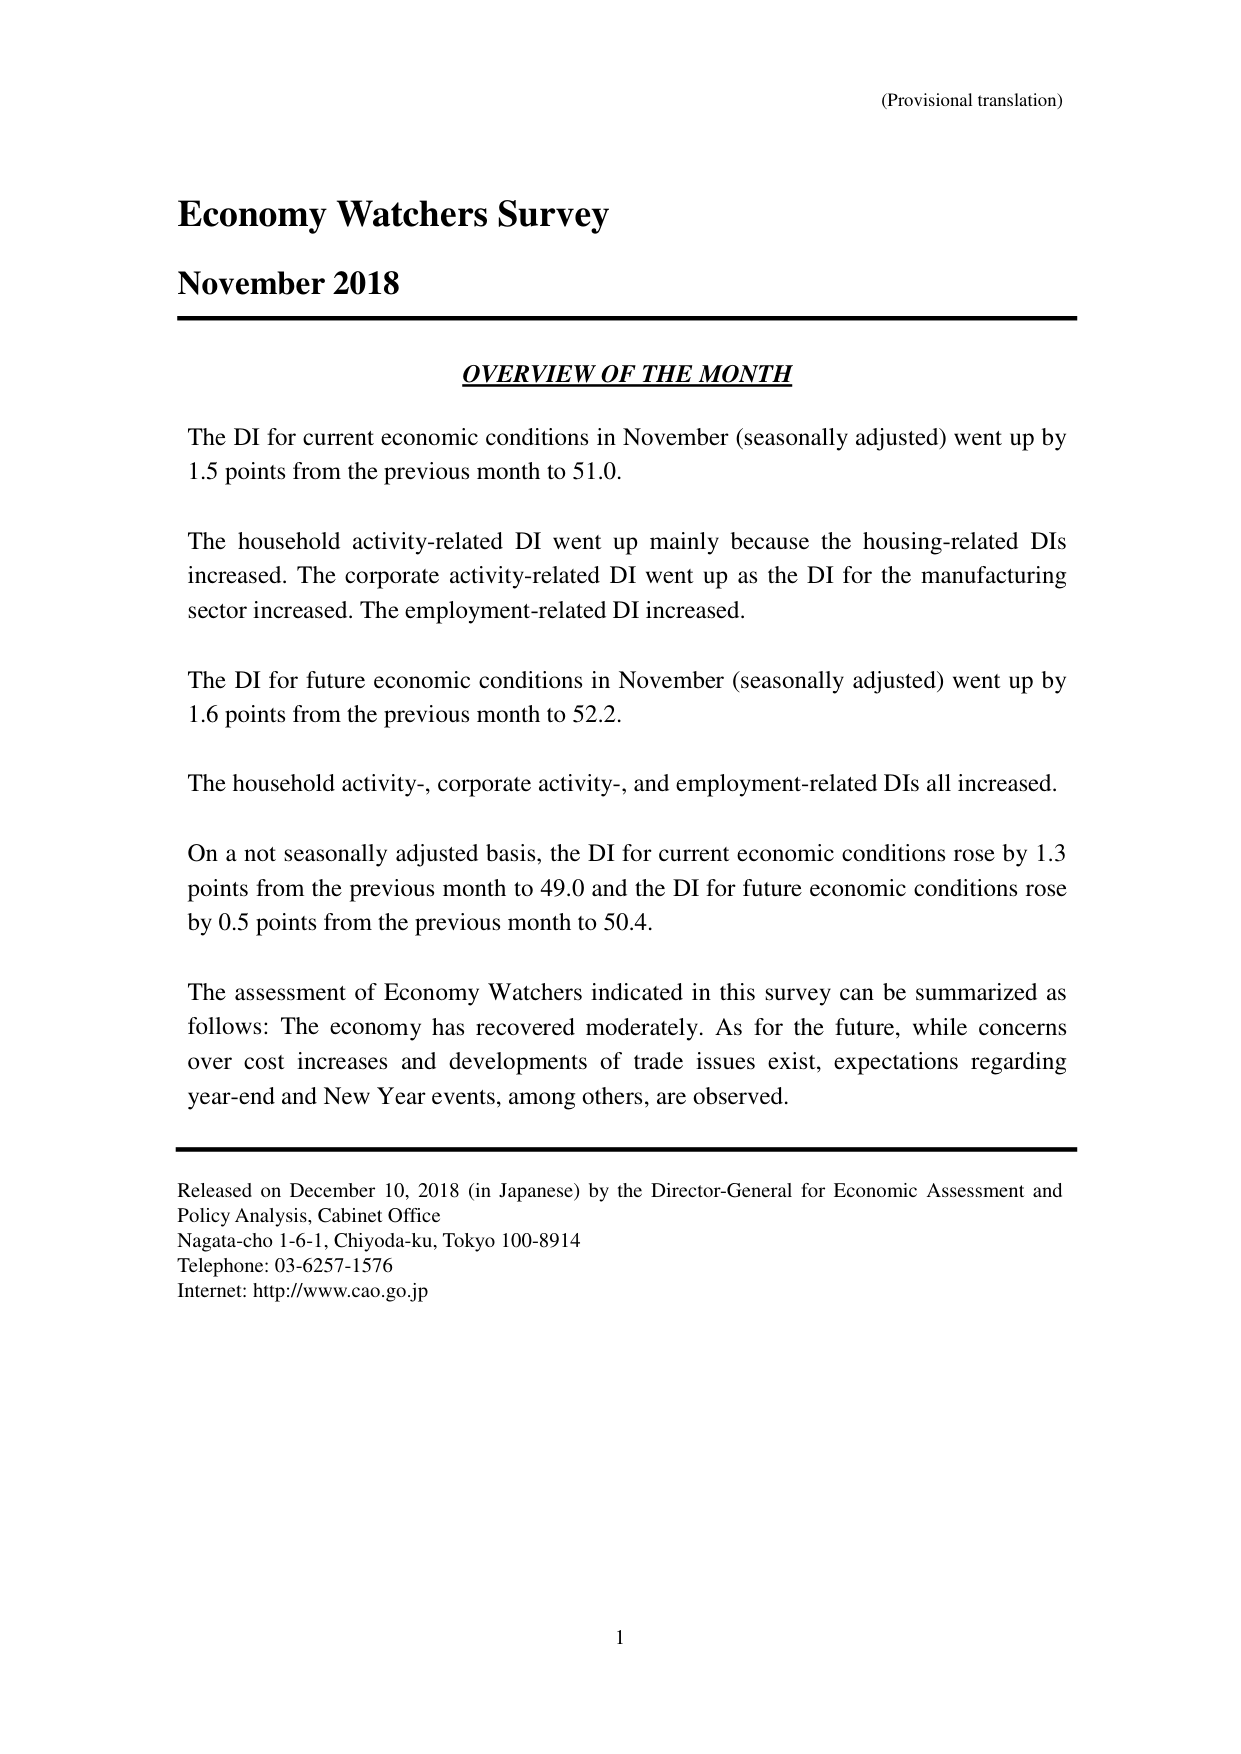
(Provisional translation)

Economy Watchers Survey
November 2018

OVERVIEW OF THE MONTH

The DI for current economic conditions in November (seasonally adjusted) went up by 1.5 points from the previous month to 51.0.

The household activity-related DI went up mainly because the housing-related DIs increased. The corporate activity-related DI went up as the DI for the manufacturing sector increased. The employment-related DI increased.

The DI for future economic conditions in November (seasonally adjusted) went up by 1.6 points from the previous month to 52.2.

The household activity-, corporate activity-, and employment-related DIs all increased.

On a not seasonally adjusted basis, the DI for current economic conditions rose by 1.3 points from the previous month to 49.0 and the DI for future economic conditions rose by 0.5 points from the previous month to 50.4.

The assessment of Economy Watchers indicated in this survey can be summarized as follows: The economy has recovered moderately. As for the future, while concerns over cost increases and developments of trade issues exist, expectations regarding year-end and New Year events, among others, are observed.

Released on December 10, 2018 (in Japanese) by the Director-General for Economic Assessment and Policy Analysis, Cabinet Office
Nagata-cho 1-6-1, Chiyoda-ku, Tokyo 100-8914
Telephone: 03-6257-1576
Internet: http://www.cao.go.jp

1